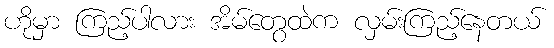
ဟိုမှာ ကြည့်ပါလား အိမ်တွေထဲက လှမ်းကြည့်နေတယ်